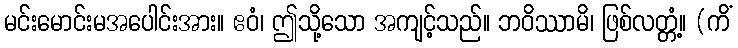
မင်းမောင်းမအပေါင်းအား။ ဧဝံ၊ ဤသို့သော အကျင့်သည်။ ဘဝိဿာမိ၊ ဖြစ်လတ္တံ့။ (ကိံ